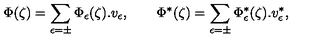
\Phi ( \zeta ) = \sum _ { \epsilon = \pm } \Phi _ { \epsilon } ( \zeta ) . v _ { \epsilon } , \qquad \Phi ^ { * } ( \zeta ) = \sum _ { \epsilon = \pm } \Phi _ { \epsilon } ^ { * } ( \zeta ) . v _ { \epsilon } ^ { * } ,